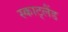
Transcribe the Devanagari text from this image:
स्काट्लैंड